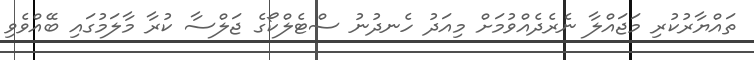
ތައްޔާރުކުރި މަޖައްލާ ނެރެދެއްވުމަށް މިއަދު ހެނދުނު ސްޓެލްކޯގެ ޖަލްސާ ކުރާ މާލަމުގައި ބޭއްވެވި